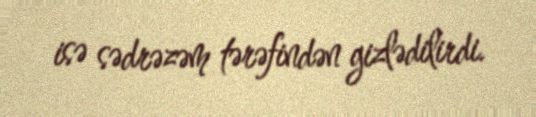
isə sədrəzəm tərəfindən gizlədilirdi.